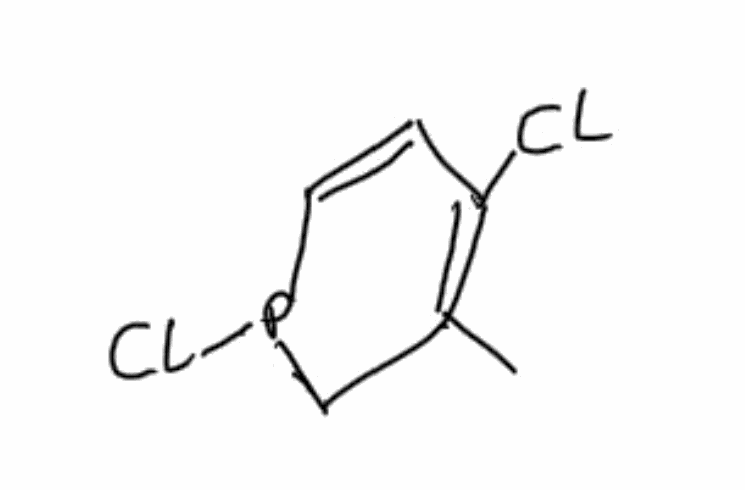
Simplified molecular-input line-entry system (SMILES) notation of the given molecule:
CC1=C(C=CP(C1)Cl)Cl